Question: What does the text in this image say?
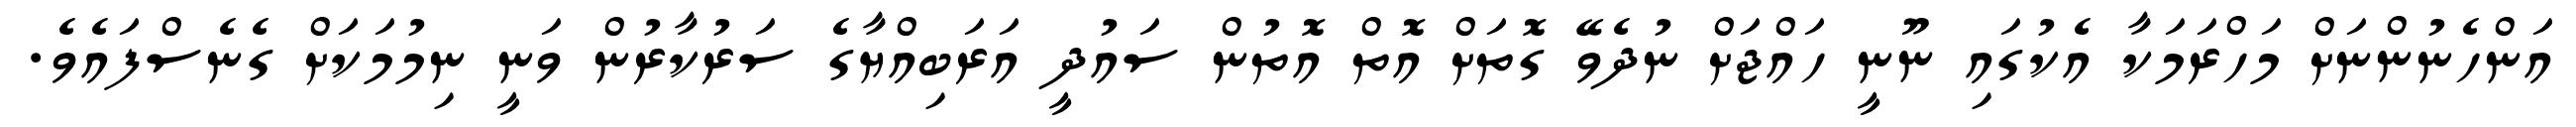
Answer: އަންހެނުންނަށް މަހްރަމަކާ އެކުގައި ނޫނީ ހައްޖަށް ނުދެވޭ ގޮތަށް އޮތް އޮތުން ސައުދީ އަރަބިއްޔާގެ ސަރުކާރުން ވަނީ ނިމުމަކަށް ގެނެސްފައެވެ.